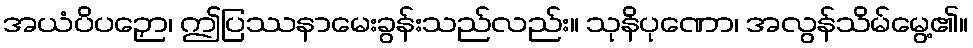
အယံပိပဉှော၊ ဤပြဿနာမေးခွန်းသည်လည်း။ သုနိပုဏော၊ အလွန်သိမ်မွေ့၏။